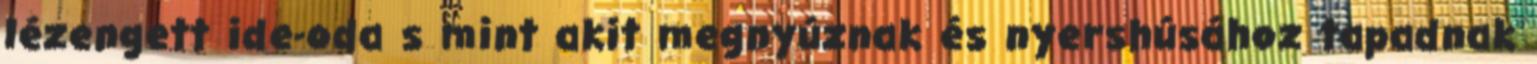
lézengett ide-oda s mint akit megnyúznak és nyershúsához tapadnak